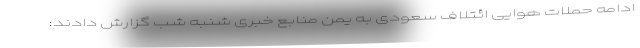
ادامه حملات هوایی ائتلاف سعودی به یمن منابع خبری شنبه شب گزارش دادند: